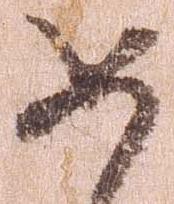
如